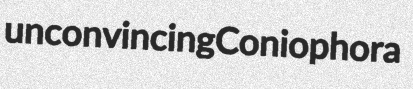
unconvincing Coniophora